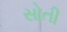
સોતી